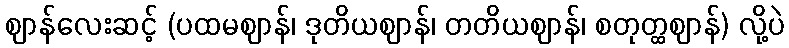
ဈာန်လေးဆင့် (ပထမဈာန်၊ ဒုတိယဈာန်၊ တတိယဈာန်၊ စတုတ္ထဈာန်) လို့ပဲ